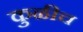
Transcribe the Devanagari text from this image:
कुळीच